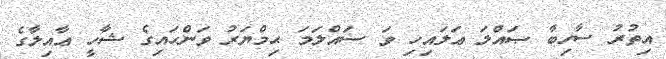
އިތުރު ސާހިބާ ޞައްލަ ޢަލައިހި ވަ ސައްލަމަ ޙިމްޔަރު ވަންހައިގެ ޝާހީ ޢާއިލާގެ